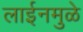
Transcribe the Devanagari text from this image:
लाईनमुळे